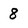
Character: 8